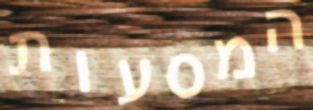
המסעות